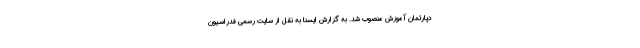
دپارتمان آموزش منصوب شد. به گزارش ایسنا به نقل از سایت رسمی فدراسیون